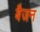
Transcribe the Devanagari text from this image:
बैजन